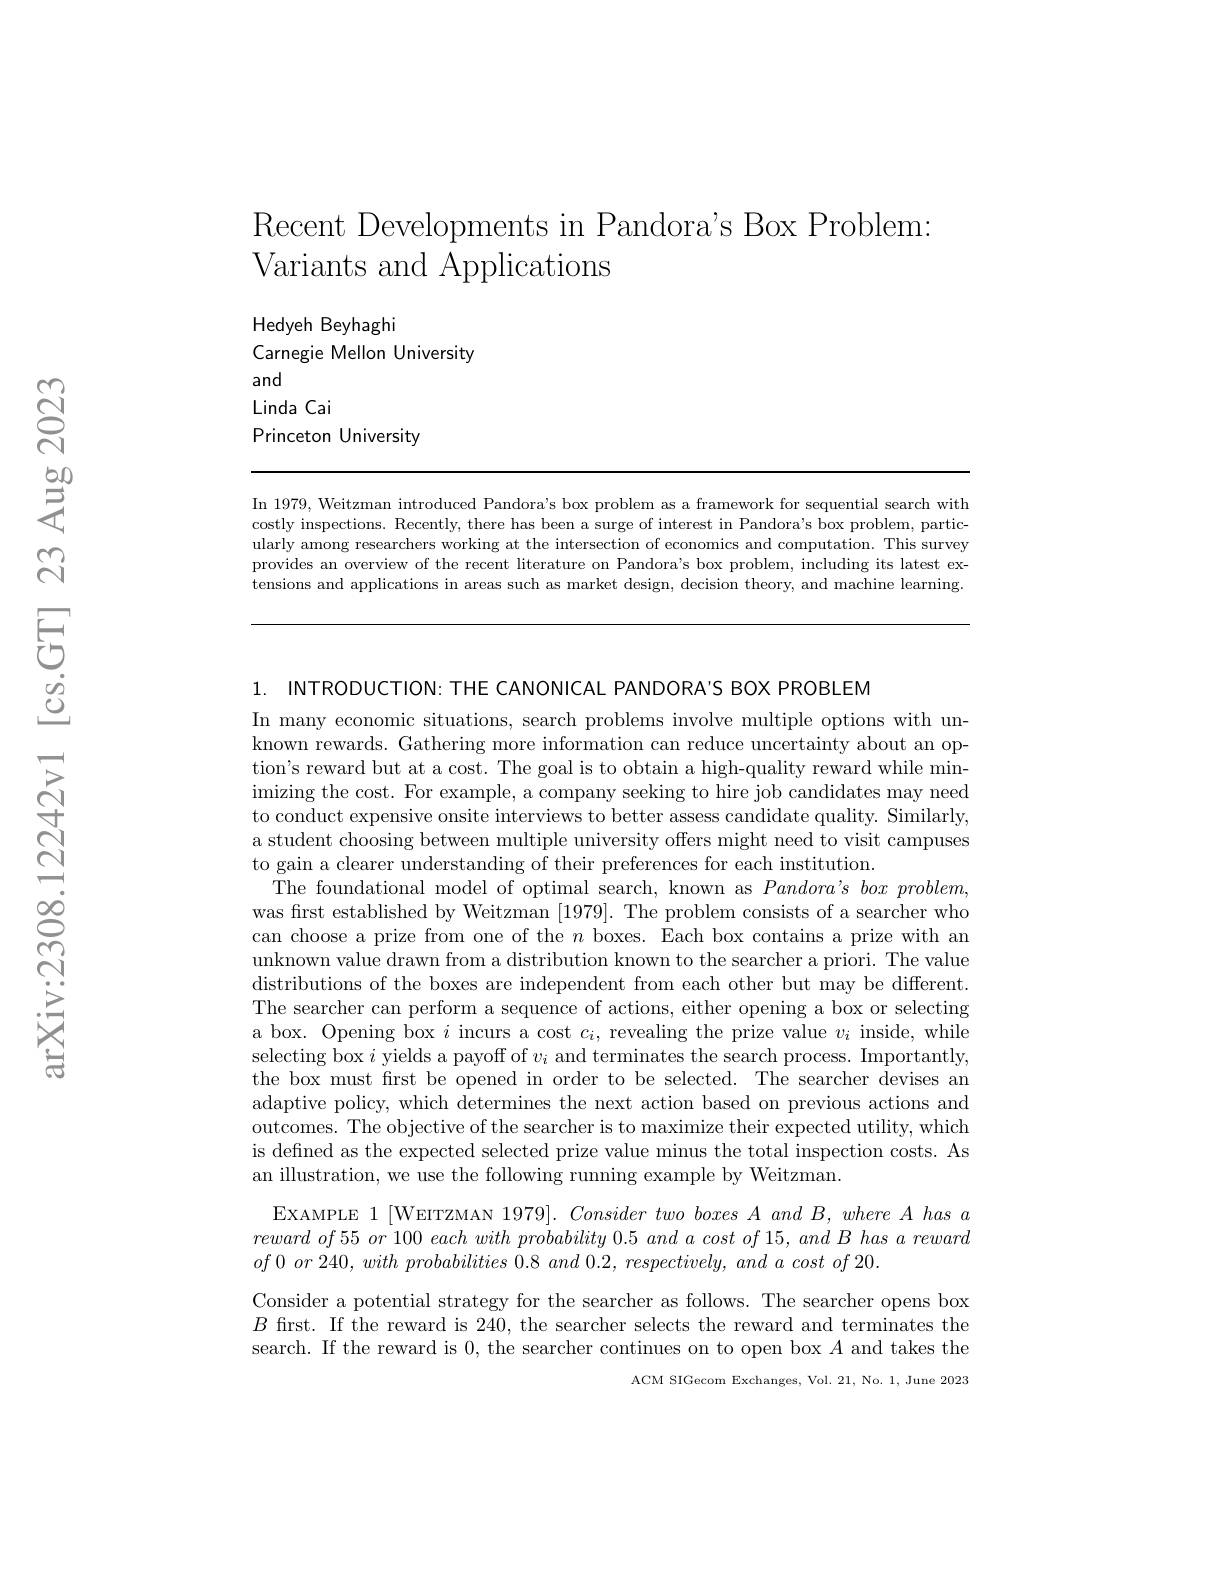
Recent Developments in Pandora's Box Problem:
Variants and Applications

Hedyeh Beyhaghi
Carnegie Mellon University
and
Linda Cai
Princeton University

In 1979, Weitzman introduced Pandora's box problem as a framework for sequential search with costly inspections. Recently, there has been a surge of interest in Pandora's box problem, particularly among researchers working at the intersection of economics and computation. This survey provides an overview of the recent literature on Pandora's box problem, including its latest extensions and applications in areas such as market design, decision theory, and machine learning.

1. $INTRODUCTION: THECANONICALPANDORA^{\prime }SBOXPROBLEM$

In many economic situations, search problems involve multiple options with unknown rewards. Gathering more information can reduce uncertainty about an option's reward but at a cost. The goal is to obtain a high-quality reward while minimizing the cost. For example, a company seeking to hire job candidates may need to conduct expensive onsite interviews to better assess candidate quality. Similarly, a student choosing between multiple university offers might need to visit campuses to gain a clearer understanding of their preferences for each institution.
The foundational model of optimal search, known as $Pandora’s$ box problem, was first established by Weitzman [1979]. The problem consists of a searcher who can choose a prize from one of the $n$ boxes. Each box contains a prize with an unknown value drawn from a distribution known to the searcher a priori. The value distributions of the boxes are independent from each other but may be different. The searcher can perform a sequence of actions, either opening a box or selecting a box. Opening box $i$ incurs a cost $c_i$, revealing the prize value $v_i$ inside, while selecting box $i$ yields a payoff of $v_i$ and terminates the search process. Importantly, the box must first be opened in order to be selected. The searcher devises an adaptive policy, which determines the next action based on previous actions and outcomes. The objective of the searcher is to maximize their expected utility, which is defined as the expected selected prize value minus the total inspection costs. As an illustration, we use the following running example by Weitzman.

EXAMPLE 1 [WEITZMAN 1979]. Consider two boxes A and B, where A has a $reward~of~55~or~100~each~with~probability~0.5~and~a~cost~of~15,~and~B~has~a~reward$ $of0$ $or$ 240, with probabilities 0.8 and 0.2, $respectively$, and $a$ cost $of$ 20.

Consider a potential strategy for the searcher as follows. The searcher opens box $B$ first. If the reward is 240, the searcher selects the reward and terminates the search. If the reward is 0, the searcher continues on to open box $A$ and takes the
ACM SIGecom Exchanges, Vol. 21, No. 1, June 2023